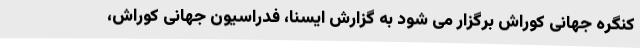
کنگره جهانی کوراش برگزار می شود به گزارش ایسنا، فدراسیون جهانی کوراش،